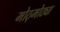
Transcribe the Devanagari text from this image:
मोठ्मोठ्या